Annual report on the lock hospitals of the Madras Presidency
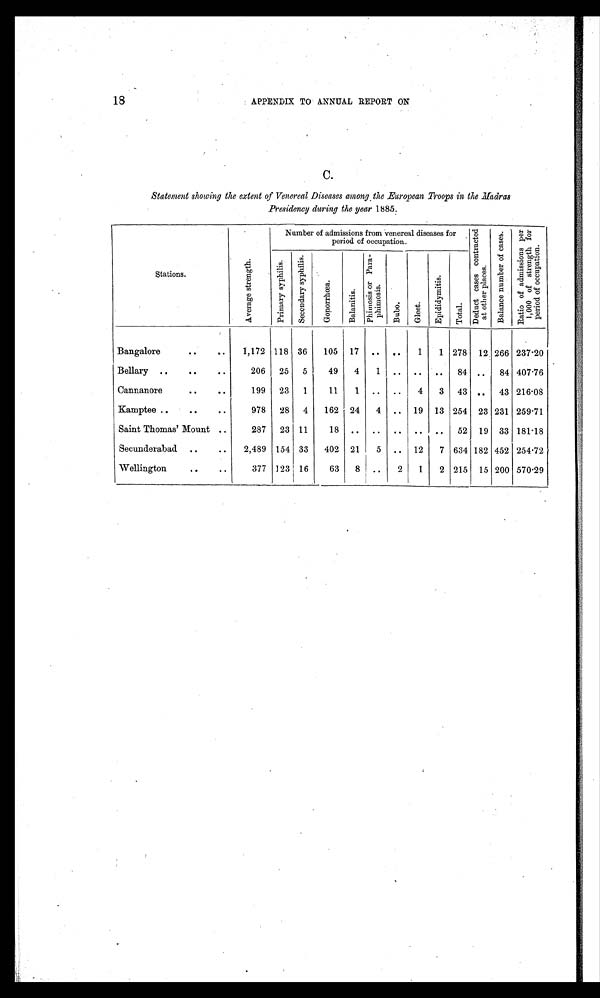
18
APPENDIX TO ANNUAL REPORT ON
C.
Statement showing the extent of Venereal Diseases among the European Troops in the Madras
Presidency during the year 1885.
Stations.
A v e r a g e s t r e n g t h .
Number of admissions from venereal diseases for
period of occupation.
D e d u c t c a s e s c o n t r a c t e d a t o t h e r p l a c e s .
B a l a n c e n u m b e r o f c a s e s . R a t i o o f a d m i s s i o n s p e r 1 , 0 0 0 o f s t r e n g t h f o r p e r i o d o f o c c u p a t i o n .
P r i m a r y s y p h i l i s . S e c o n d e r y s y p h i l i s .
G o n o r r h œ a .
B a l a n i t i s .
P h i m o s i s o r p a r a - p h i m o s i s .
B u b o .
G l e e t .
E p i d i d y m i t i s .
T o t a l .
Bangalore
..
..
1,172 118 36
105 17 .. ..
1
1 278 12 266 237·20
Bellary ..
..
..
206 25 5
49
4
1
. .
. .
. . 84 ..
84 407·76
Cannanore
..
..
199 23 1
11
1 .. ..
4
3 43 .. 43 216·08
Kamptee ..
..
..
978 28 4
162 24
4
. . 19 13 254 23 231 259·71
Saint Thomas' Mount ..
287 23 11
18 ..
. . .. ..
. .
52 19 33 181·18
Secunderabad ..
..
2,489 154 33
402 21
5 .. 12
7 634 182 452 254·72
Wellington
..
..
377 123 16
63
8
. .
2
1
2 215 15 200 570·29